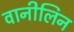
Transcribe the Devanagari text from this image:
वानीलिन